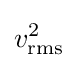
v_{\text{rms}}^{2}